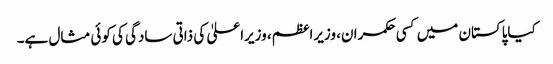
کیاپاکستان میں کسی حکمران، وزیراعظم، وزیراعلیٰ کی ذاتی سادگی کی کوئی مثال ہے۔